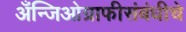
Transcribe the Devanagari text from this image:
अँन्जिओग्राफीसंबंधीचे